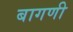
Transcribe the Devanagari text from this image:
बागणी